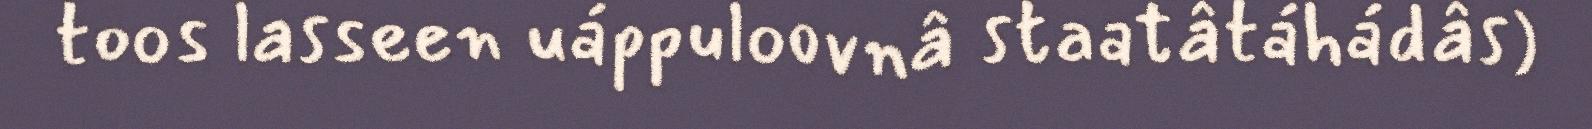
toos lasseen uáppuloovnâ staatâtáhádâs)